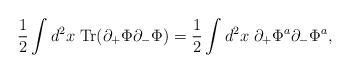
LaTeX: \begin{align*}\frac{1}{2}\int d^{2}x\;{\rm Tr}(\partial_{+}\Phi\partial_{-}\Phi) =\frac{1}{2}\int d^{2}x\;\partial_{+}\Phi^{a}\partial_{-}\Phi^{a},\end{align*}